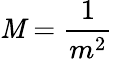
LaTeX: \mathit{M}={\frac{{1}}{{m^{2}}}}